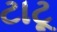
ટાટૂ